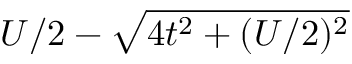
U / 2 - \sqrt { 4 t ^ { 2 } + ( U / 2 ) ^ { 2 } }